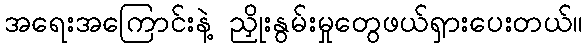
အရေးအကြောင်းနဲ့ ညှိုးနွမ်းမှုတွေဖယ်ရှားပေးတယ်။